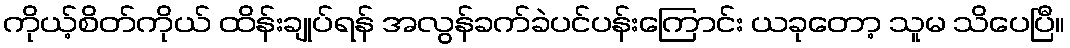
ကိုယ့်စိတ်ကိုယ် ထိန်းချုပ်ရန် အလွန်ခက်ခဲပင်ပန်းကြောင်း ယခုတော့ သူမ သိပေပြီ။